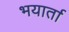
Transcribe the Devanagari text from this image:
भयार्ता